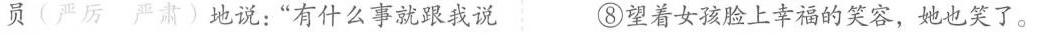
员(严厉 严肃)地说：”有什么事就跟我说 ⑧望着女孩脸上幸福的笑容，她也笑了。